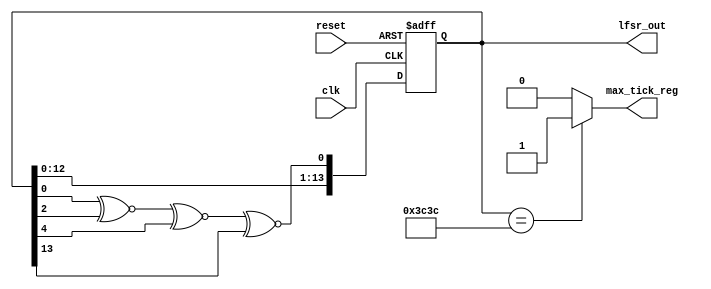
//MODULE TO IMPLEMENT A LINEAR FEEDBACK SHIFT REGISTER
//USING 14 BITS AND XNOR FEEDBACK
module LFSR_14
    (
    //I/O:
    input wire clk, reset, //CLOCK AND RESET SIGNALS FROM TESTBENCH
    output wire max_tick_reg, //1-BIT OUTPUT SIGNAL AND MAX TICK
    output wire [13:0] lfsr_out //OUTPUT BITSTREAM OF THE LFSR
    );
    
    //SIGNAL DECLARATIONS
    reg [13:0] lfsr_reg; //SHIFT REGISTER STORAGE
    reg [13:0] lfsr_next; //NEXT VALUE TO BE STORED
    reg lfsr_tap, temp; //TO HOLD RESULT OF FEEDBACK, TEMP VALUE FOR MAX TICK
    localparam seed = 14'b11110000111100; //SEED VALUE
    
    //----------LFSR MODULE BODY----------
    //REGISTER LOGIC
    //ASYNCHRONOUS, POSITIVE EDGE TRIGGERED
    always @(posedge clk, posedge reset)
        if (reset)
        begin
            lfsr_reg <= seed; //SET TO SEED VALUE WHEN RESET IS HIGH
        end
        else
            lfsr_reg <= lfsr_next; //OTHERWISE SET TO NEXT VALUE AS CALCULATED BELOW

    //FEEDBACK AND SHIFT LOGIC
    always @*
    begin
        //GENERATE THE FEEDBACK ON TAPS 0, 2, 4, 13
        lfsr_tap = lfsr_reg[0] ^~ lfsr_reg[2] ^~ lfsr_reg[4] ^~ lfsr_reg[13];
        
        //FEEDBACK RESULT GOES INTO POSITION 0, OTHER BITS SHIFT UP BY 1
        lfsr_next = {lfsr_reg[12:0],lfsr_tap};
        
        //DETECT MAX TICK
        if(lfsr_reg == seed)
            temp = 1'b1;//MAX TICK IS HIGH IF SEED VALUE IS STORED
        else
            temp = 1'b0;//OTHERWISE MAX TICK IS LOW
    end 
    
    //LFSR BITSTREAM OUTPUT
    assign lfsr_out = lfsr_reg;
    //SET MAX TICK
    assign max_tick_reg = temp;
    
endmodule